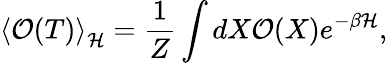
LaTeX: \left\langle\mathcal{O}(T)\right\rangle_{\cal H}=\frac{1}{Z}\int dX\mathcal{O}(X)e^{-\beta\cal H},